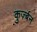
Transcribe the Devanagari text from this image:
कुर्ज़्बन